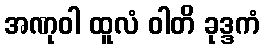
အဏုဝါ ထူလံ ဝါတိ ခုဒ္ဒကံ